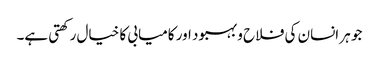
جو ہر انسان کی فلاح و بہبود اور کامیابی کا خیال رکھتی ہے۔